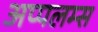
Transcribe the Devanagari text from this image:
अप्पलम्स